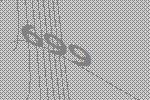
699